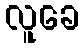
လူခေ